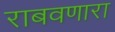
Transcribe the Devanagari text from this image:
राबवणारा